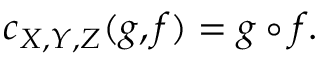
c _ { X , Y , Z } ( g , f ) = g \circ f .